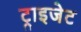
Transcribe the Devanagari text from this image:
ट्राइजेट